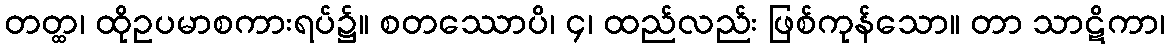
တတ္ထ၊ ထိုဥပမာစကားရပ်၌။ စတဿောပိ၊ ၄၊ ထည်လည်း ဖြစ်ကုန်သော။ တာ သာဋိကာ၊